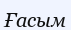
Ғасым